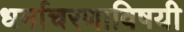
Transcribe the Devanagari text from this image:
धर्माचरणाविषयी